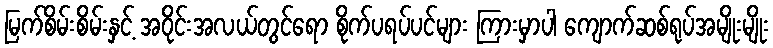
မြက်စိမ်းစိမ်းနှင့် အဝိုင်းအလယ်တွင်ရော စိုက်ပရပ်ပင်များ ကြားမှာပါ ကျောက်ဆစ်ရုပ်အမျိုးမျိုး